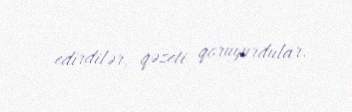
edirdilər, qəzeti qoruyurdular.